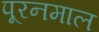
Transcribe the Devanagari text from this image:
पूरनमाल